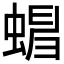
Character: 𧍺